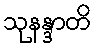
သုနန္ဒာတိ